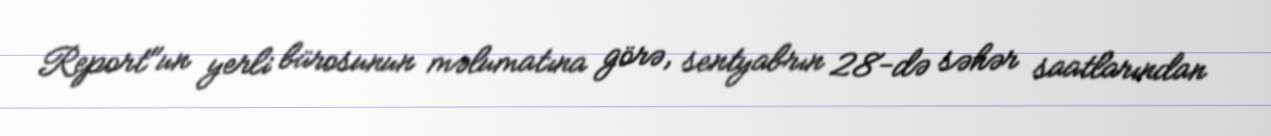
Report"un yerli bürosunun məlumatına görə, sentyabrın 28-də səhər saatlarından